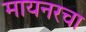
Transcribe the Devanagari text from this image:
मायनरचा